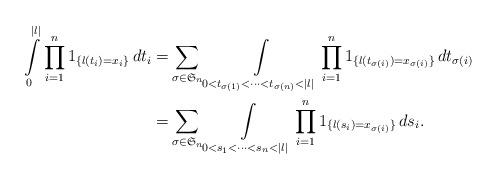
LaTeX: \begin{align*}\int\limits_{0}^{|l|}\prod\limits_{i=1}^{n}1_{\{l(t_i)=x_{i}\}}\,dt_i=&\sum\limits_{\sigma\in\mathfrak{S}_n}\int\limits_{0<t_{\sigma(1)}<\cdots<t_{\sigma(n)}<|l|}\prod\limits_{i=1}^{n}1_{\{l(t_{\sigma(i)})=x_{\sigma(i)}\}}\,dt_{\sigma(i)}\\=&\sum\limits_{\sigma\in\mathfrak{S}_n}\int\limits_{0<s_1<\cdots<s_n<|l|}\prod\limits_{i=1}^{n}1_{\{l(s_i)=x_{\sigma(i)}\}}\,ds_i.\end{align*}